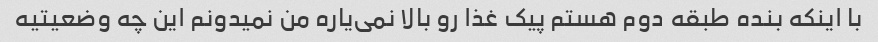
با اینکه بنده طبقه دوم هستم پیک غذا رو بالا نمی‌یاره من نمیدونم این چه وضعیتیه